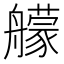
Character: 艨